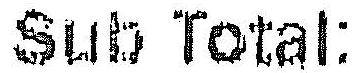
SUB TOTAL: